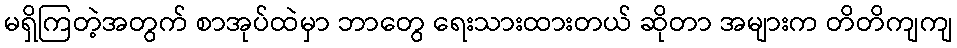
မရှိကြတဲ့အတွက် စာအုပ်ထဲမှာ ဘာတွေ ရေးသားထားတယ် ဆိုတာ အများက တိတိကျကျ